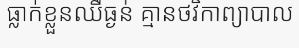
ធ្លាក់ខ្លួនឈឺធ្ងន់ គ្មានថវិកាព្យាបាល